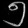
Digit: ၅